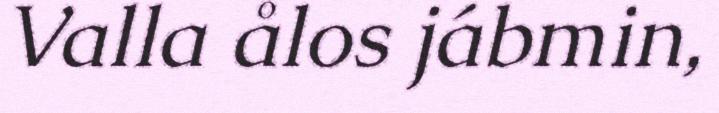
Valla ålos jábmin,